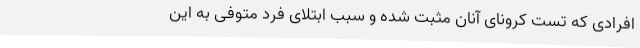
افرادی که تست کرونای آنان مثبت شده و سبب ابتلای فرد متوفی به این